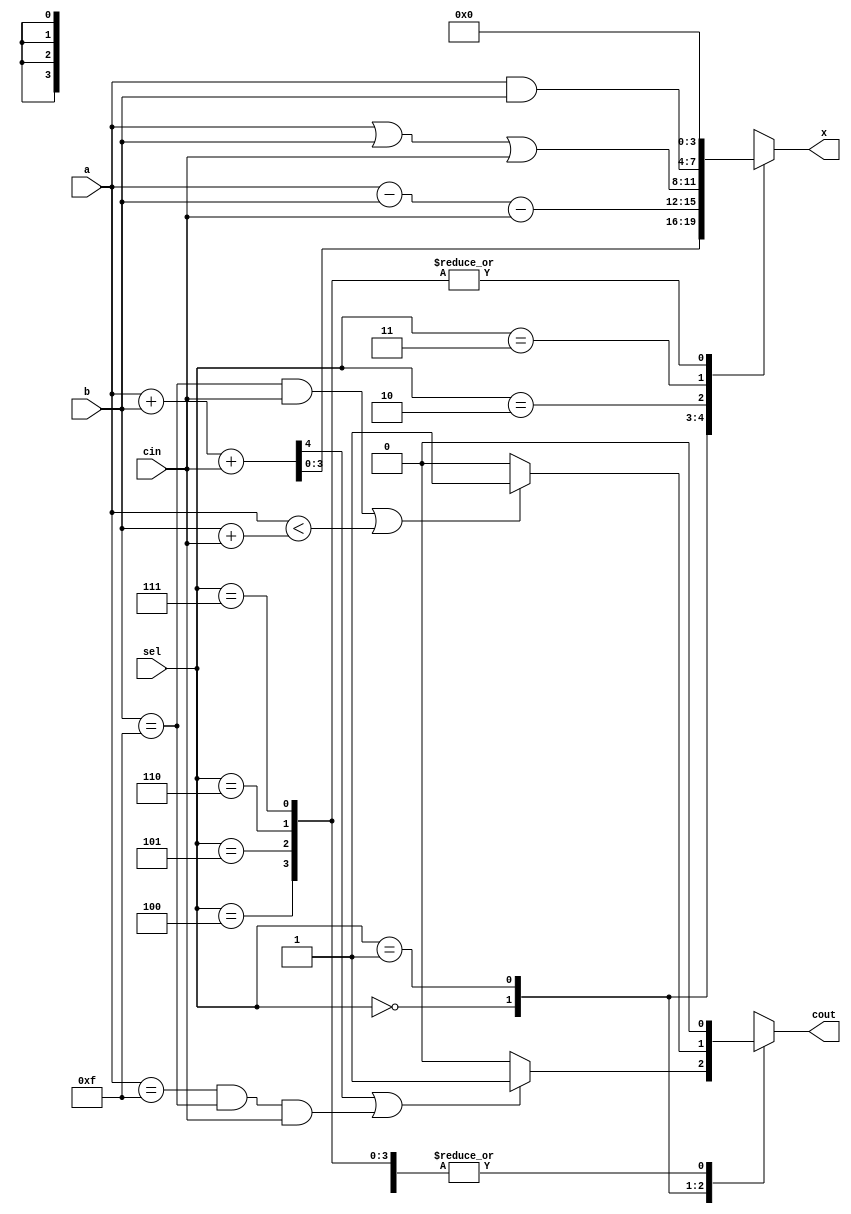
module alu(
    input [3:0] a,
    input [3:0] b,
    input cin,
    input [2:0] sel,
    output [3:0] x,
    output cout
    );
reg [3:0]x;
reg cout;

always @*
begin
x = 4'b0000; cout = 1'b0;
case (sel)
	3'b000 : begin
		{cout,x} = a+b+cin;  
		cout = cout|(a==4'b1111 && b==4'b1111 && cin==1'b1)?1:0;
	end
	3'b001 : begin
		x = a-b-cin; 
		cout = ((b==4'b1111 && cin==1'b1)||(a<b+cin))?1:0;
	end
	3'b010 : begin
		x = a|b|cin;    
	end            //bitwise or
	3'b011 : begin 
		x = a&b;   
	end            //bitwise and 
	3'b100 : begin 
		x = {x[2:0],0}; 
	end                 //left shift discard
	3'b101 : begin 
		x = {0,x[3:1]}; 
	end                 //right shift discard
	3'b110 : begin 
		x = {x[2:0],x[3]}; 
	end          //left shift rotate
	3'b111 : begin 
		x = {x[0],x[3:1]}; 
	end       //right shift rotate
	
endcase
end


endmodule